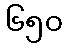
၆၅၀